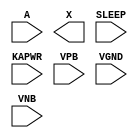
module sky130_fd_sc_lp__iso1p (
    //# {{data|Data Signals}}
    input  A    ,
    output X    ,

    //# {{power|Power}}
    input  SLEEP,
    input  KAPWR,
    input  VPB  ,
    input  VGND ,
    input  VNB
);
endmodule